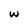
Character: w